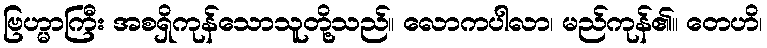
ဗြဟ္မာကြီး အစရှိကုန်သောသူတို့သည်။ လောကပါလာ၊ မည်ကုန်၏။ တေဟိ၊